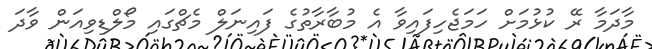
މާދަމާ ރޭ ކުޅުމަށް ހަމަޖެހިފައިވާ އެ މުބާރާތުގެ ފައިނަލް މެޗްގައި މޯލްޑިވިއަން ވާދަ